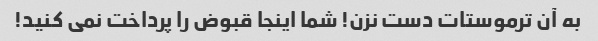
به آن ترموستات دست نزن! شما اینجا قبوض را پرداخت نمی کنید!